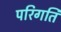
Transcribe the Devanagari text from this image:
परिगति